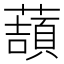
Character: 𧀺